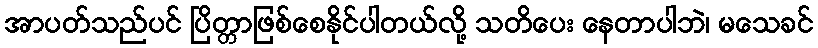
အာပတ်သည်ပင် ပြိတ္တာဖြစ်စေနိုင်ပါတယ်လို့ သတိပေး နေတာပါဘဲ၊ မသေခင်